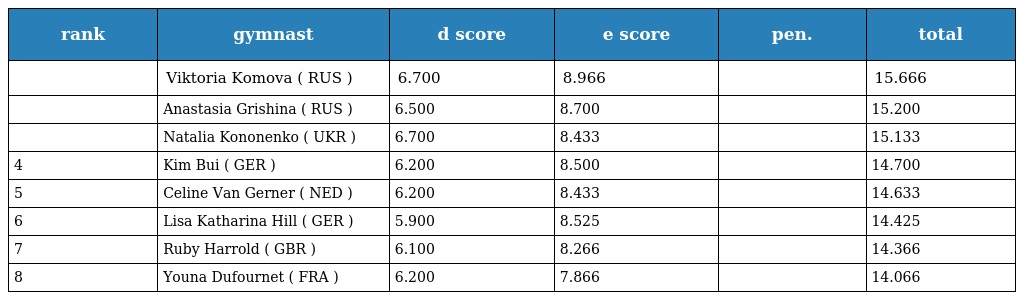
| rank | gymnast | d score | e score | pen. | total |
 | --- | --- | --- | --- | --- | --- |
 |  | Viktoria Komova ( RUS ) | 6.700 | 8.966 |  | 15.666 |
 |  | Anastasia Grishina ( RUS ) | 6.500 | 8.700 |  | 15.200 |
 |  | Natalia Kononenko ( UKR ) | 6.700 | 8.433 |  | 15.133 |
 | 4 | Kim Bui ( GER ) | 6.200 | 8.500 |  | 14.700 |
 | 5 | Celine Van Gerner ( NED ) | 6.200 | 8.433 |  | 14.633 |
 | 6 | Lisa Katharina Hill ( GER ) | 5.900 | 8.525 |  | 14.425 |
 | 7 | Ruby Harrold ( GBR ) | 6.100 | 8.266 |  | 14.366 |
 | 8 | Youna Dufournet ( FRA ) | 6.200 | 7.866 |  | 14.066 |